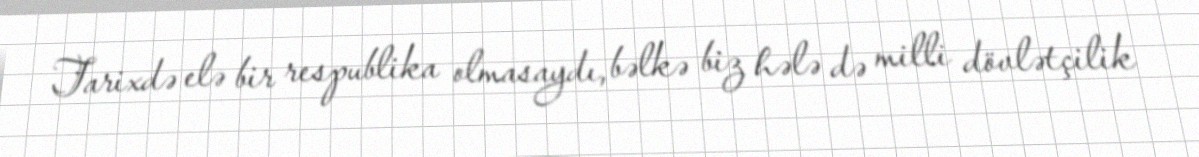
Tarixdə elə bir respublika olmasaydı, bəlkə biz hələ də milli dövlətçilik